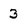
Character: 3